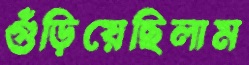
গুঁড়িয়েছিলাম